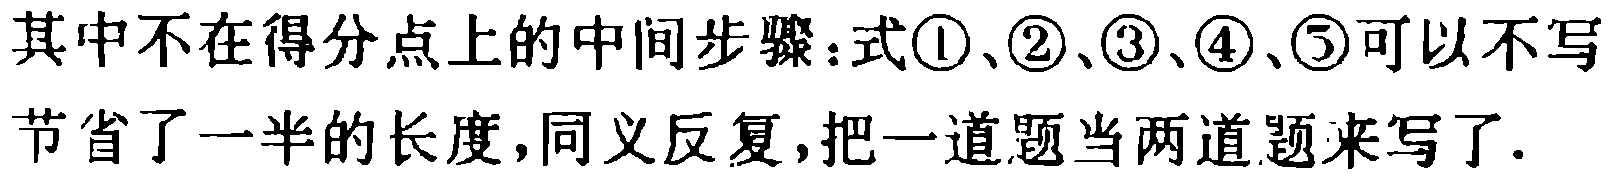
其中不在得分点上的中间步骤：式\textcircled{1}、\textcircled{2}、\textcircled{3}、\textcircled{4}、\textcircled{5}可以不写
节省了一半的长度，同义反复，把一道题当两道题来写了.